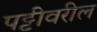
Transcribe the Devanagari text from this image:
पट्टीवरील